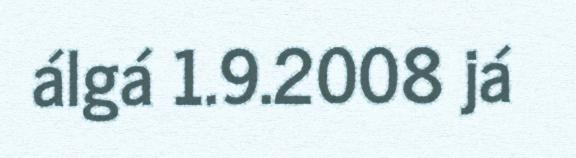
álgá 1.9.2008 já